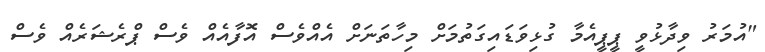
"އުމަރު ވިދާޅުވީ ޕީޕީއެމާ ގުޅިވަޑައިގަތުމަށް މިހާތަނަށް އެއްވެސް އޮފާއެއް ވެސް ޕްރެޝަރެއް ވެސް